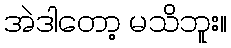
အဲဒါတော့ မသိဘူး။